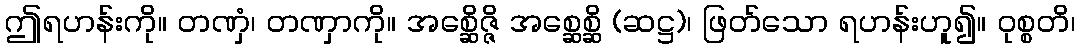
ဤရဟန်းကို။ တဏှံ၊ တဏှာကို။ အစ္ဆေိဇ္ဇိ အစ္ဆေစ္ဆိ (ဆဋ္ဌ)၊ ဖြတ်သော ရဟန်းဟူ၍။ ဝုစ္စတိ၊